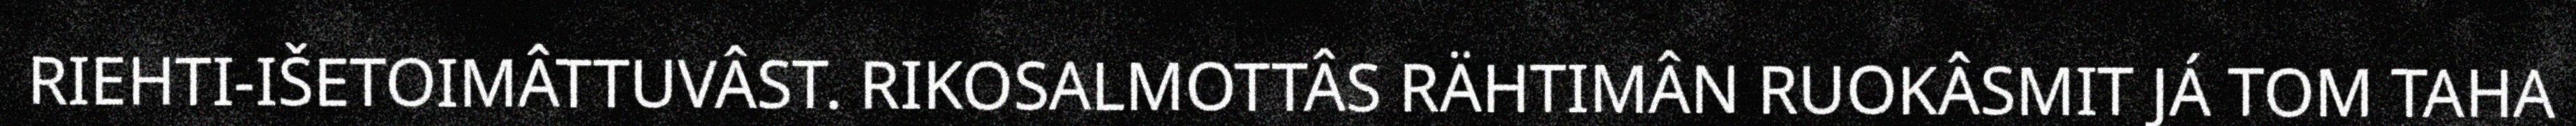
RIEHTI-IŠETOIMÂTTUVÂST. RIKOSALMOTTÂS RÄHTIMÂN RUOKÂSMIT JÁ TOM TAHA